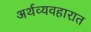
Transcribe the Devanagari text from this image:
अर्थव्यवहारात